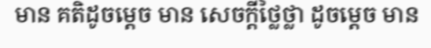
មាន គតិដូចម្តេច មាន សេចក្តីថ្លៃថ្លា ដូចម្តេច មាន